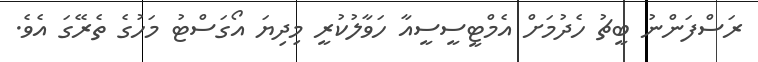
ރަސްފަންނު ބީޗު ހެދުމަށް އެމްޓީސީސީއާ ހަވާލުކުރީ މިދިޔަ އޯގަސްޓު މަހުގެ ތެރޭގަ އެވެ.